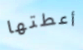
أعطتها